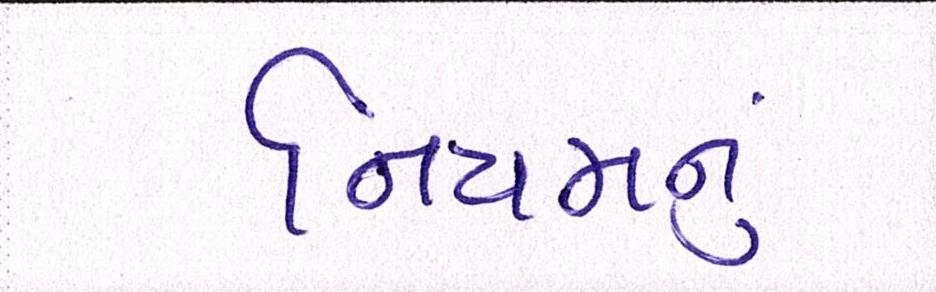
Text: નિયમનું